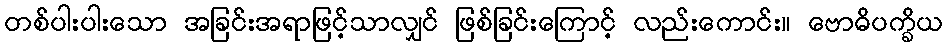
တစ်ပါးပါးသော အခြင်းအရာဖြင့်သာလျှင် ဖြစ်ခြင်းကြောင့် လည်းကောင်း။ ဗောဓိပက္ခိယ